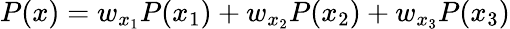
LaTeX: P(x)=w_{x_{1}}P(x_{1})+w_{x_{2}}P(x_{2})+w_{x_{3}}P(x_{3})